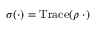
\sigma ( \cdot ) = \mathrm { T r a c e } ( \rho \; \cdot )